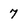
Character: 7